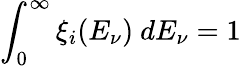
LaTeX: \int_{0}^{\infty}\xi_{i}(E_{\nu})\ dE_{\nu}=1